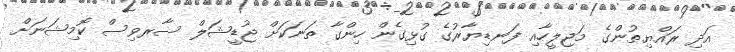
އަދި ރައްޔިތުންގެ މަޖިލީހާއި ފަނޑިޔާރުގެ ގުޅިގެން ހިންގާ ތަނަކަށް ޖުޑީޝަލް ސާރވިސް ކޮމިޝަނަށް